Burma Government Medical School reports 1907-22
Year: 1907
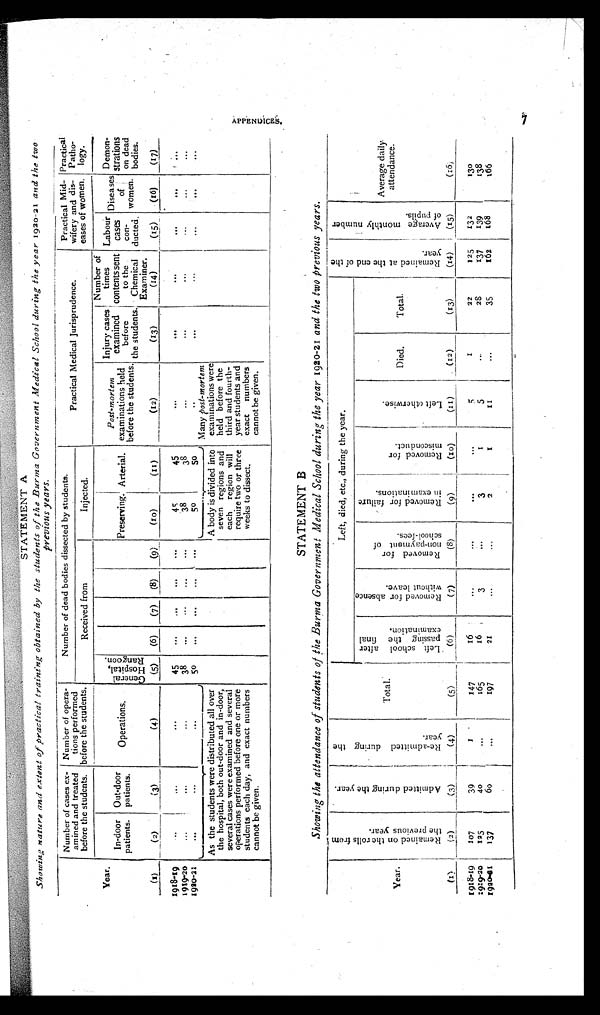
STATEMENT A
Showing nature and extent of practical training obtained by the students of the Burma Government Medical School during the year 1920-21
and the two
previous
years.
Year.
Number of cases ex-
amined and treated
before the students.
Number of opera-
tions performed
before the students.
Number of dead bodies dissected by students.
Practical Medical Jurisprudence.
Practical Mid-
wifery and dis-
eases of women.
Practical
Patho-
logy.
Received from
Injected.
In-door
patients.
Out-door
patients.
Operations.
G e n e r a l H o s p i t a l , R a n g o o n .
Preserving. Arterial.
Post-mortem
examinations held
before the students.
Injury cases
examined
before
the students.
Number of
times
contents sent
to the
Chemical
Examiner.
Labour
cases
con-
ducted.
Diseases
of
women.
Demon-
strations
on dead
bodies.
(1)
(2)
(3)
(4)
(5)
(6)
(7)
(8)
(9)
(10)
(11)
(12)
(13)
(14)
(15)
(16)
(17)
1918-19
...
...
. . .
45
...
...
...
. . .
45
45
...
. . .
. . .
. . .
. . .
. . .
1 9 1 9 - 2 0
...
...
...
38
. . .
...
. . .
. . .
38
38
...
...
...
...
. . .
. . .
1 9 2 0 - 2 1
. . .
...
. . .
5 0
. . .
. . .
. . .
. . .
5 0 50
. . .
. . .
. . .
. . .
. . .
. . .
As the students were distributed all over
the hospital, both out-door and in-door,
several cases were examined and several
operations performed before one or more
students each day, and exact numbers
cannot be given.
A body is divided into
seven regions and
each region will
require two or three
weeks to dissect.
Many post-mortem
examinations were
held before the
third and fourth-
year students and
exact numbers
cannot be given.
STATEMENT B
Showing the attendance of students of the Burma Government Medical School during the year 1920-21 and the two previous years.
Year.
R e m a i n e d o n t h e r o l l s f r o m t h e p r e v i o u s y e a r .
A d m i t t e d d u r i n g t h e y e a r .
R e - a d m i t t e d d u r i n g t h e y e a r .
Total.
Left, died, etc., during the year.
R e m a i n e d a t t h e e n d o f t h e y e a r .
A v e r a g e m o n t h l y n u m b e r o f p u p i l s .
Average daily-
attendance.
L e f t s c h o o l a f t e r p a s s i n g t h e f i n a l e x a m i n a t i o n .
R e m o v e d f o r a b s e n c e w i t h o u t l e a v e .
R e m o v e d f o r n o n - p a y m e n t o f s c h o o l - f e e s .
R e m o v e d f o r f a i l u r e i n e x a m i n a t i o n s .
R e m o v e d f o r m i s c o n d u c t .
L e f t o t h e r w i s e .
Died.
Total.
( 1 )
(2)
(3)
(4)
(5)
(6)
(7)
(8)
(9)
(10)
(11)
(12)
(13)
(14)
(15)
( 1 6 )
132
130
1918-19
107
39
1
147
16
. . .
. . .
. . .
. . .
5
1
22
125
1919-20
125
40
. . .
. . .
16
3
. . .
3
1
5
...
28
137
139
138
1920-21
137
60
...
197
21
. . .
. . .
2
1
1 1
...
35
162
168
166
APPENDI CES
7